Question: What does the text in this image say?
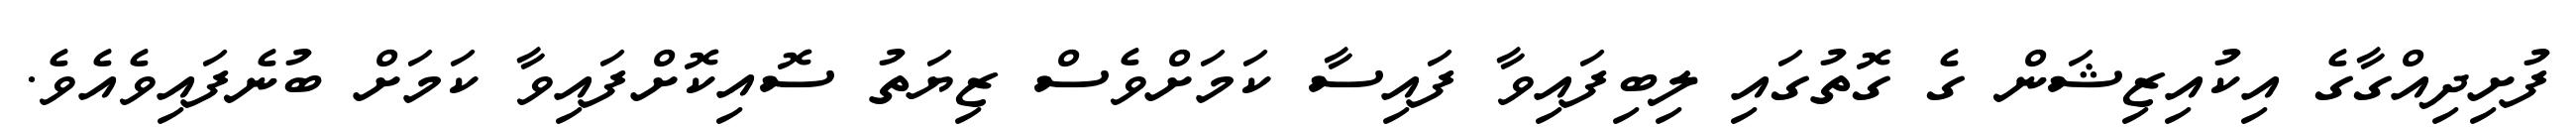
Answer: ފުށިދިއްގާގެ އިކުއިޒިޝަން ގެ ގޮތުގައި ލިބިފައިވާ ފައިސާ ކަމަށްވެސް ޒިޔަތު ސޮއިކޮށްފައިވާ ކަމަށް ބުނެފައިވެއެވެ.